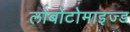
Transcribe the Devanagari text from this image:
लोबोटोमाइज्ड